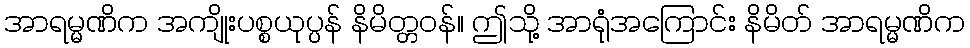
အာရမ္မဏိက အကျိုးပစ္စယုပ္ပန် နိမိတ္တဝန်။ ဤသို့ အာရုံအကြောင်း နိမိတ် အာရမ္မဏိက